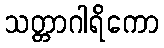
သတ္တာဂါရိကော